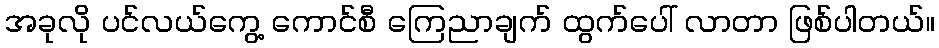
အခုလို ပင်လယ်ကွေ့ ကောင်စီ ကြေညာချက် ထွက်ပေါ် လာတာ ဖြစ်ပါတယ်။